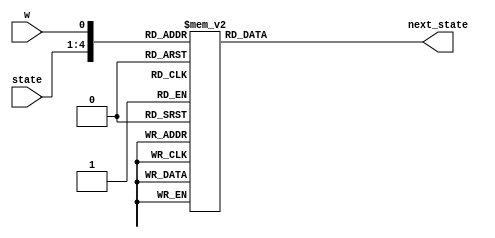
module next_state(w, state, next_state);

input w;
input [3:0] state;
wire [4:0] temp;
output reg [3:0] next_state;

assign temp = {state, w};

always @(temp) begin 
	case (temp)
	
	5'b00000 : begin next_state = 4'b0001; end
	5'b00001 : begin next_state = 4'b0101; end
	5'b00010 : begin next_state = 4'b0010; end
	5'b00011 : begin next_state = 4'b0101; end
	5'b00100 : begin next_state = 4'b0011; end
	5'b00101 : begin next_state = 4'b0101; end
	5'b00110 : begin next_state = 4'b0100; end
	5'b00111 : begin next_state = 4'b0101; end
	5'b01000 : begin next_state = 4'b0100; end
	5'b01001 : begin next_state = 4'b0101; end
	5'b01010 : begin next_state = 4'b0001; end
	5'b01011 : begin next_state = 4'b0110; end
	5'b01100 : begin next_state = 4'b0001; end
	5'b01101 : begin next_state = 4'b0111; end
	5'b01110 : begin next_state = 4'b0001; end
	5'b01111 : begin next_state = 4'b1000; end
	5'b10000 : begin next_state = 4'b0001; end
	5'b10001 : begin next_state = 4'b1000; end
	default : begin next_state = 4'b0000; end
	
	endcase
	end
		
		
endmodule